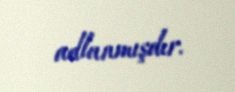
adlanmışdır.